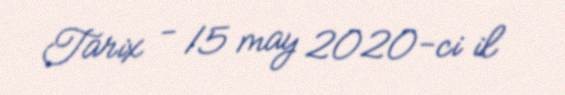
Tarix - 15 may 2020-ci il